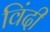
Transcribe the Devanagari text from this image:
विंदी